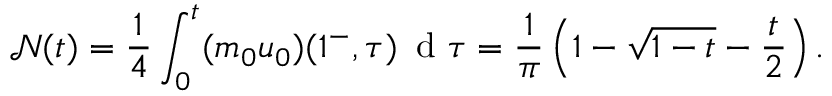
\mathcal { N } ( t ) = \frac { 1 } { 4 } \int _ { 0 } ^ { t } ( m _ { 0 } u _ { 0 } ) ( 1 ^ { - } , \tau ) \, \mathrm { ~ d ~ } \tau = \frac { 1 } { \pi } \left( 1 - \sqrt { 1 - t } - \frac { t } { 2 } \right) .